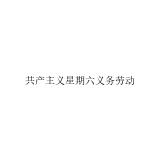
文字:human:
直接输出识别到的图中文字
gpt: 共产主义星期六义务劳动